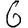
Digit: 6